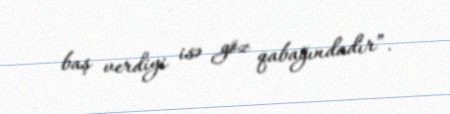
baş verdiyi isə göz qabağındadır”.